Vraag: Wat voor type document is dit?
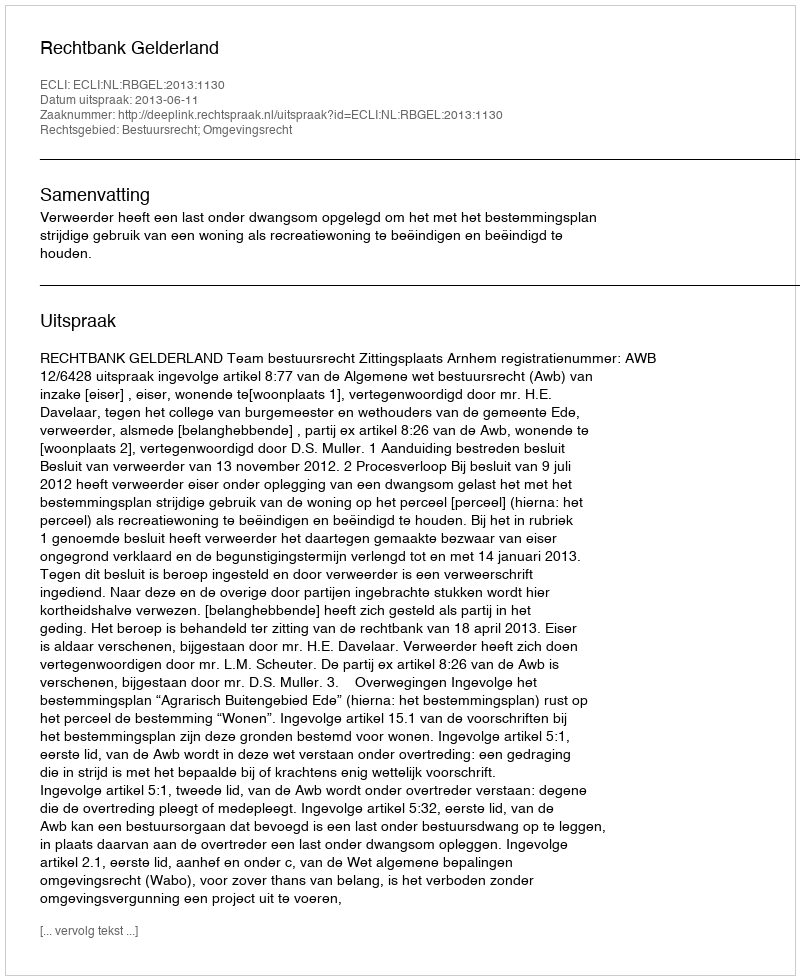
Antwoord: Uitspraak